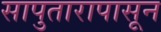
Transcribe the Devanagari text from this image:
सापुतारापासून